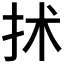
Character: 𢫖